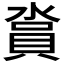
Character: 𣺪